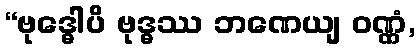
“ဗုဒ္ဓေါပိ ဗုဒ္ဓဿ ဘဏေယျ ဝဏ္ဏံ,